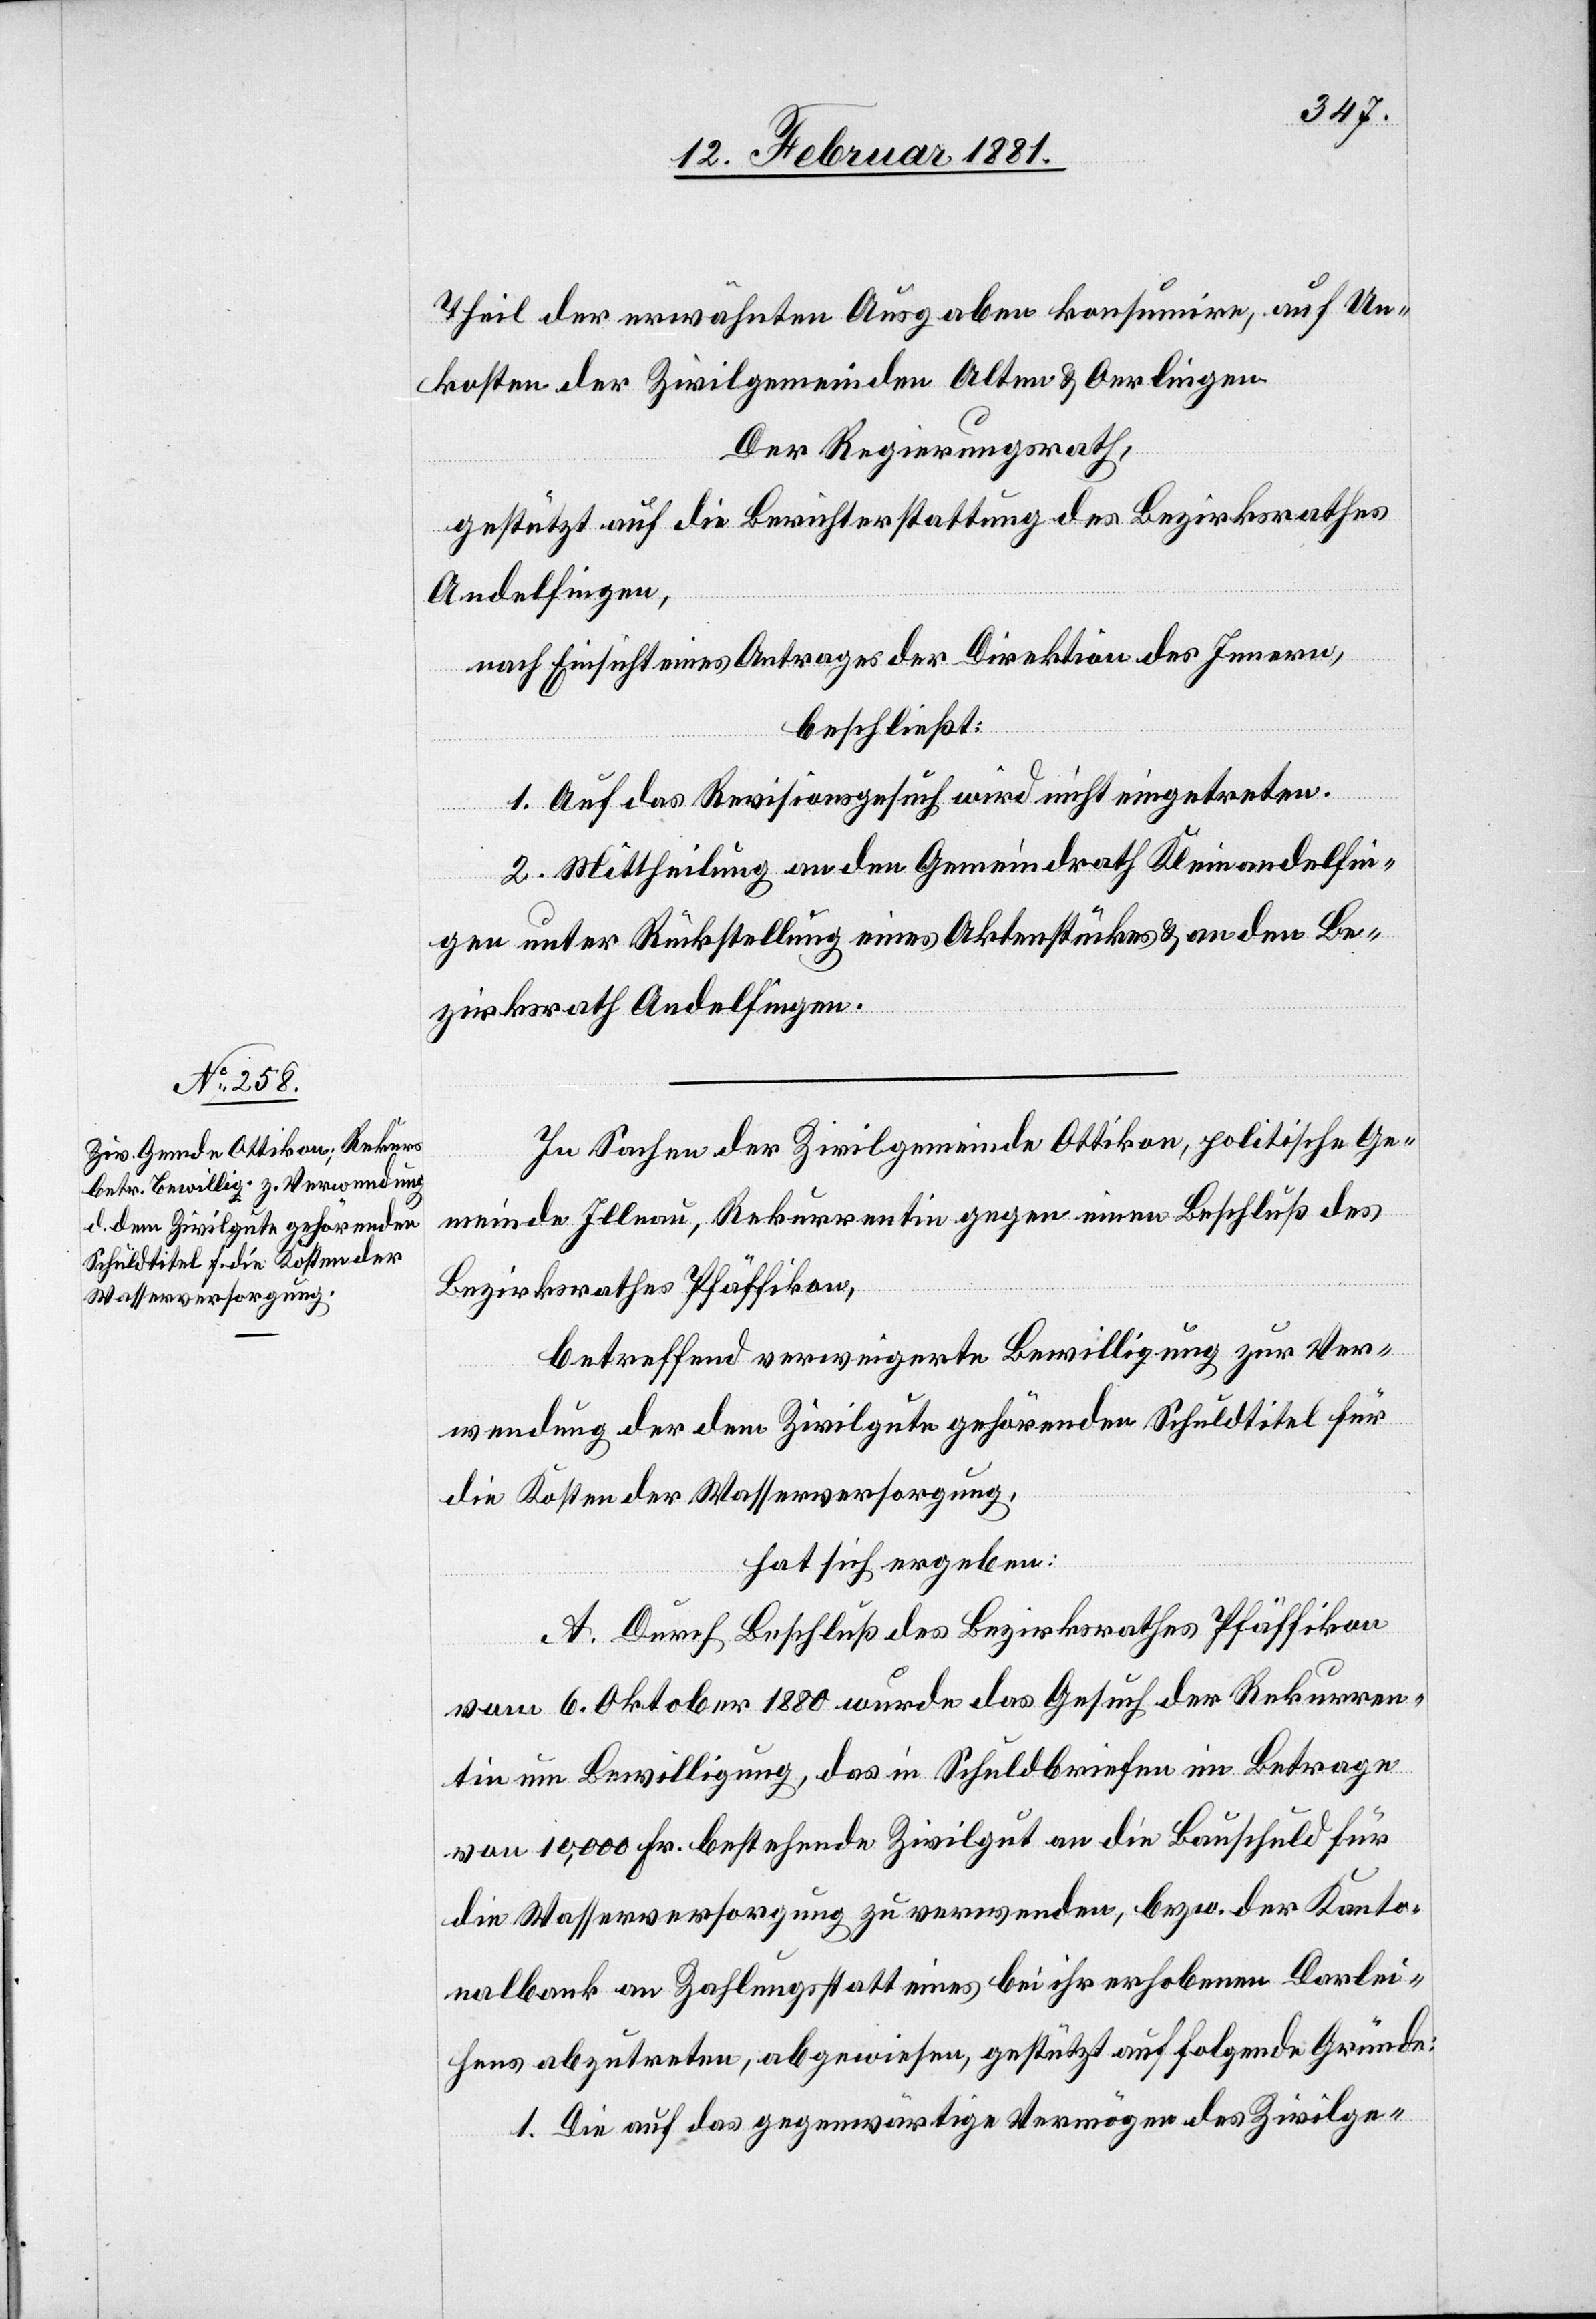
Theil der erwähnten Ausgaben konsumire, auf Un¬
kosten der Zivilgemeinden Alten & Oerlingen.
Der Regierungsrath,
gestützt auf die Berichterstattung des Bezirksrathes
Andelfingen,
nach Einsicht eines Antrages der Direktion des Innern,
beschließt:
1. Auf das Revisionsgesuch wird nicht eingetreten.
2. Mittheilung an den Gemeindrath Kleinandelfin¬
gen unter Rückstellung eines Aktenstückes & an den Be¬
zirksrath Andelfingen.
In Sachen der Zivilgemeinde Ottikon, politische Ge¬
meinde Illnau, Rekurrentin, gegen einen Beschluß des
Bezirksrathes Pfäffikon,
betreffend verweigerte Bewilligung zur Ver¬
wendung der dem Zivilgute gehörenden Schuldtitel für
die Kosten der Wasserversorgung,
hat sich ergeben:
A. Durch Beschluß des Bezirksrathes Pfäffikon
vom 6. Oktober 1880 wurde das Gesuch der Rekurren¬
tin um Bewilligung, das in Schuldbriefen im Betrage
von 10,000 Fr. bestehende Zivilgut an die Bauschuld für
die Wasserversorgung zu verwenden, bezw. der Kanto¬
nalbank an Zahlungsstatt eines bei ihr erhobenen Darlei¬
hens abzutreten, abgewiesen, gestützt auf folgende Gründe:
1. Die auf das gegenwärtige Vermögen des Zivilge-